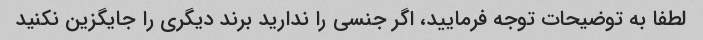
لطفا به توضیحات توجه فرمایید، اگر جنسی را ندارید برند دیگری را جایگزین نکنید